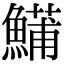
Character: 𬵦